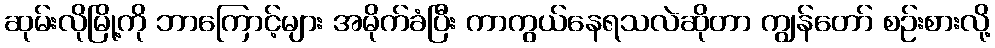
ဆုမ်းလိုမြို့ကို ဘာကြောင့်များ အမိုက်ခံပြီး ကာကွယ်နေရသလဲဆိုတာ ကျွန်တော် စဉ်းစားလို့